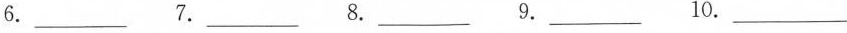
6.___ 7.___ 8.___9.___ 10.___